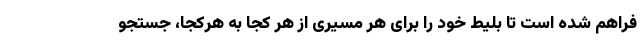
فراهم شده است تا بلیط خود را برای هر مسیری از هر کجا به هرکجا، جستجو